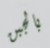
بالجبن